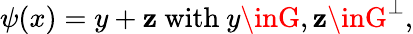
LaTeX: \psi(x)=y+\mathbf{z}{\mathrm{{~with~}}}y\inG,\mathbf{z}\inG^{\perp},